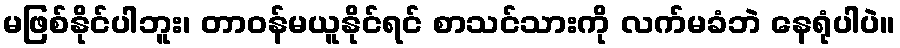
မဖြစ်နိုင်ပါဘူး၊ တာဝန်မယူနိုင်ရင် စာသင်သားကို လက်မခံဘဲ နေရုံပါပဲ။